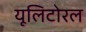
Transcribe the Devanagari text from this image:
यूलिटोरल